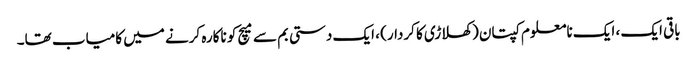
باقی ایک ، ایک نامعلوم کپتان (کھلاڑی کا کردار) ، ایک دستی بم سے میچ کو ناکارہ کرنے میں کامیاب تھا۔